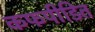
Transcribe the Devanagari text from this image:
कफपीडित